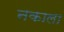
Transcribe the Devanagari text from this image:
नकाला